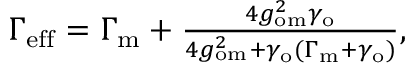
\begin{array} { r } { \Gamma _ { \mathrm { e f f } } = \Gamma _ { \mathrm { m } } + \frac { 4 g _ { \mathrm { o m } } ^ { 2 } \gamma _ { \mathrm { o } } } { 4 g _ { \mathrm { o m } } ^ { 2 } + \gamma _ { \mathrm { o } } ( \Gamma _ { \mathrm { m } } + \gamma _ { \mathrm { o } } ) } , } \end{array}